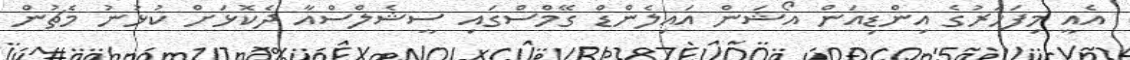
އެއީ މިފަހަރުގެ އިންޑިއަން އޯޝަން އައިލެންޑް ގޭމްސްގައި ސީޝެލްސްއާ ދެކޮޅަށް ކުޅުނު މެޗުން